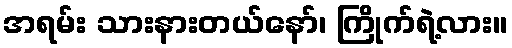
အရမ်း သားနားတယ်နော်၊ ကြိုက်ရဲ့လား။